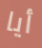
أيا